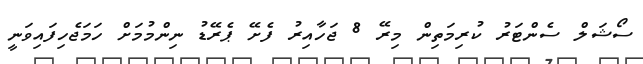
ސޯޝަލް ސެންޓަރު ކުރިމަތިން މިރޭ 8 ޖަހާއިރު ފެށޭ ޕެރޭޑު ނިންމުމަށް ހަމަޖެހިފައިވަނީ